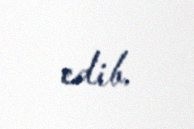
edib.